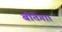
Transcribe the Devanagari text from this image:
बीतेगा।